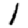
Digit: 1